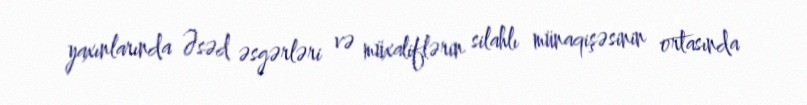
yaxınlarında Əsəd əsgərləri və müxaliflərin silahlı münaqişəsinin ortasında